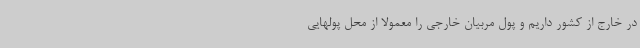
در خارج از کشور داریم و پول مربیان خارجی را معمولا از محل پولهایی